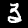
Label: 3